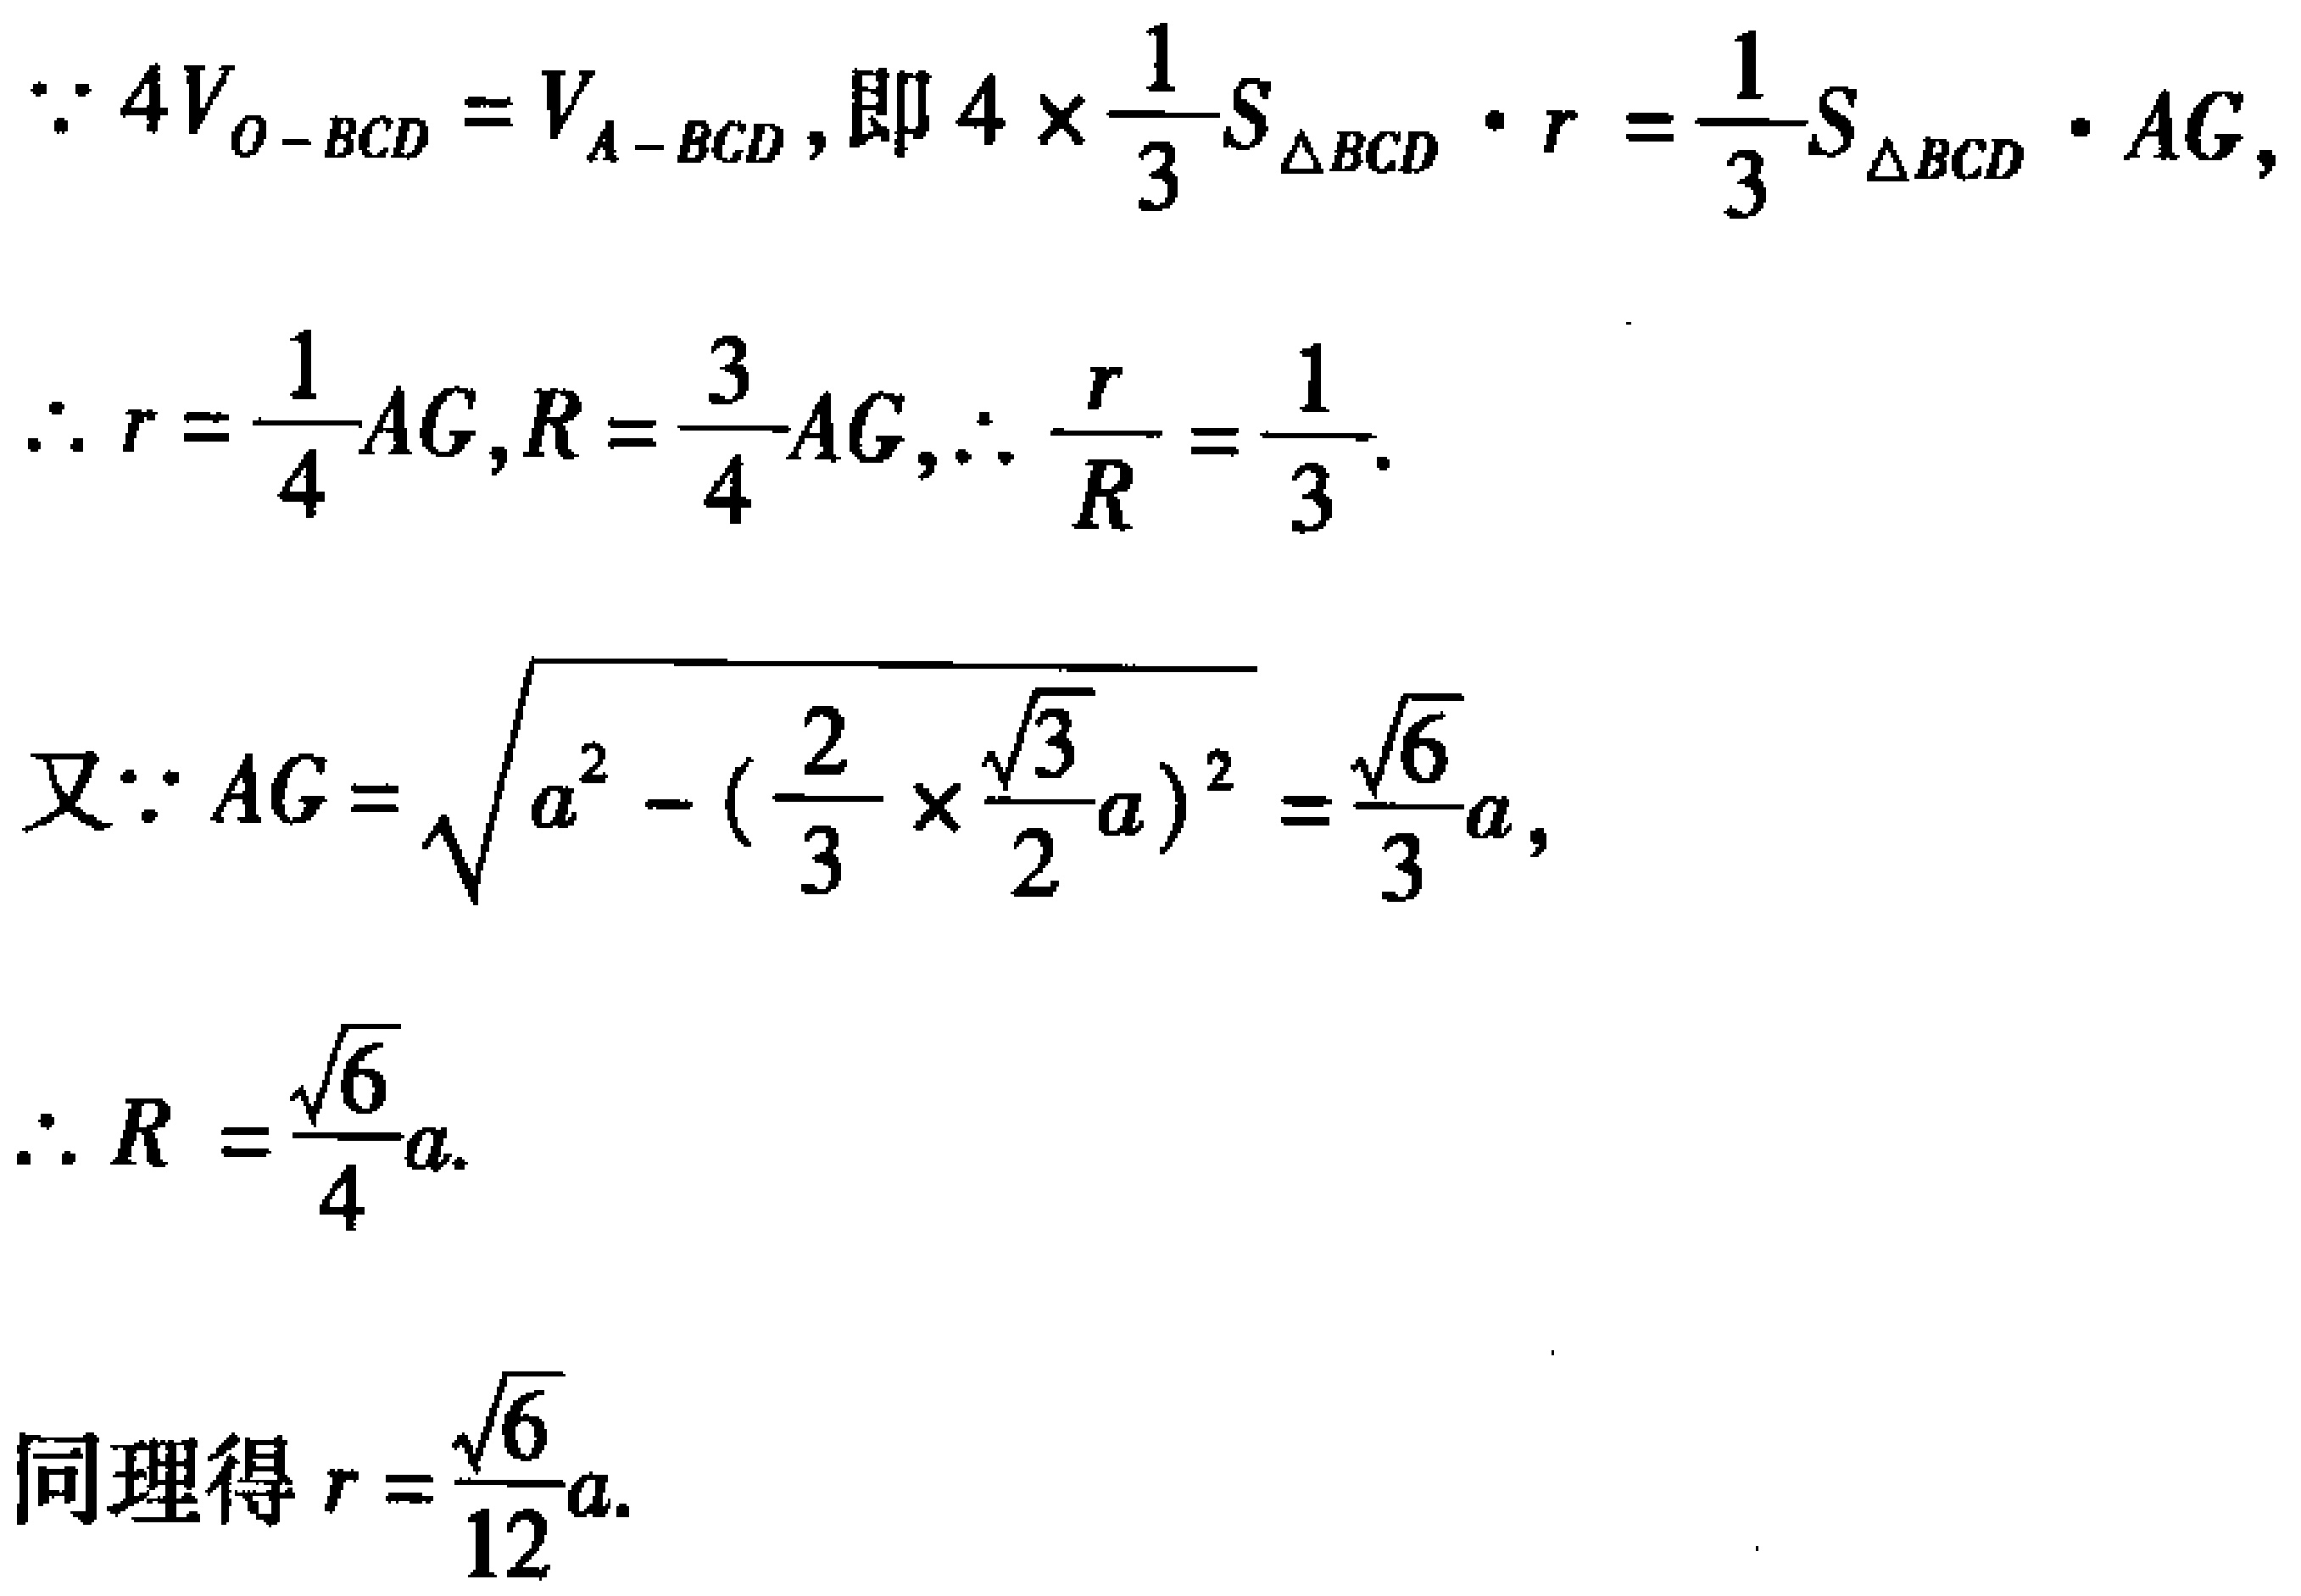
\[
\begin{align*}
&\because 4V_{O - BCD}=V_{A - BCD},\text{即}4\times\frac{1}{3}S_{\triangle BCD}\cdot r=\frac{1}{3}S_{\triangle BCD}\cdot AG,\\
&\therefore r = \frac{1}{4}AG,R=\frac{3}{4}AG,\therefore\frac{r}{R}=\frac{1}{3}.\\
&又\because AG=\sqrt{a^{2}-(\frac{2}{3}\times\frac{\sqrt{3}}{2}a)^{2}}=\frac{\sqrt{6}}{3}a,\\
&\therefore R=\frac{\sqrt{6}}{4}a.\\
&同理得r=\frac{\sqrt{6}}{12}a.
\end{align*}
\]